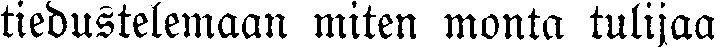
tiedustelemaan miten monta tulijaa